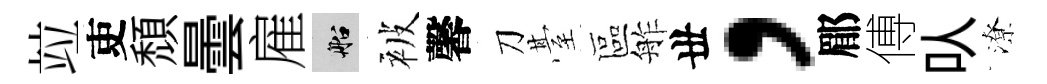
竝吏頹曇雇船被馨刀䑓區舴丗，郿傅㕥潦